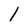
Character: 1